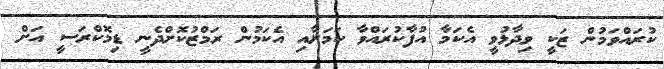
ކުރައްވަމުން ޒަކީ ވިދާޅުވީ އެކަމާ އުފާކުރައްވާ ކަމަށާއި އެކަމުން ރަމްޒުކޮށްދެނީ ޑިމޮކްރަސީ އަށް